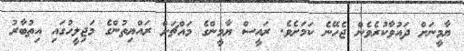
ޔާމީނަށް ދައުވާކުރެވެން ޖެހޭނެ ކަމަށެވެ. ރައީސް ޔާމީންގެ މައްޗަށް ރައްޔިތުންގެ މަޖިލީހުގައި އިތުބާރު